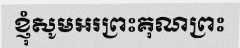
ខ្ញុំសូមអរព្រះគុណព្រះ